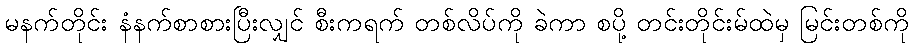
မနက်တိုင်း နံနက်စာစားပြီးလျှင် စီးကရက် တစ်လိပ်ကို ခဲကာ စပို့ တင်းတိုင်းမ်ထဲမှ မြင်းတစ်ကို